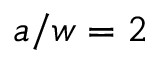
a / w = 2